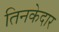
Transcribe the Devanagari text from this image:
तिनकेदार